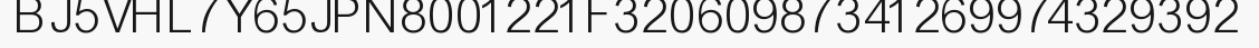
BJ5VHL7Y65JPN8001221F32060987341269974329392